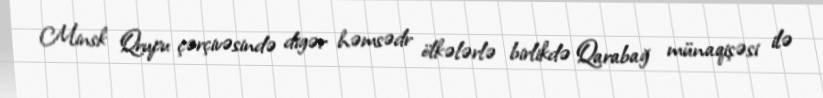
Minsk Qrupu çərçivəsində digər həmsədr ölkələrlə birlikdə Qarabağ münaqişəsi ilə